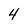
Character: 4